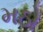
મઠો